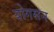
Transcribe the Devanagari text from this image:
योगसन